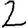
Digit: 2